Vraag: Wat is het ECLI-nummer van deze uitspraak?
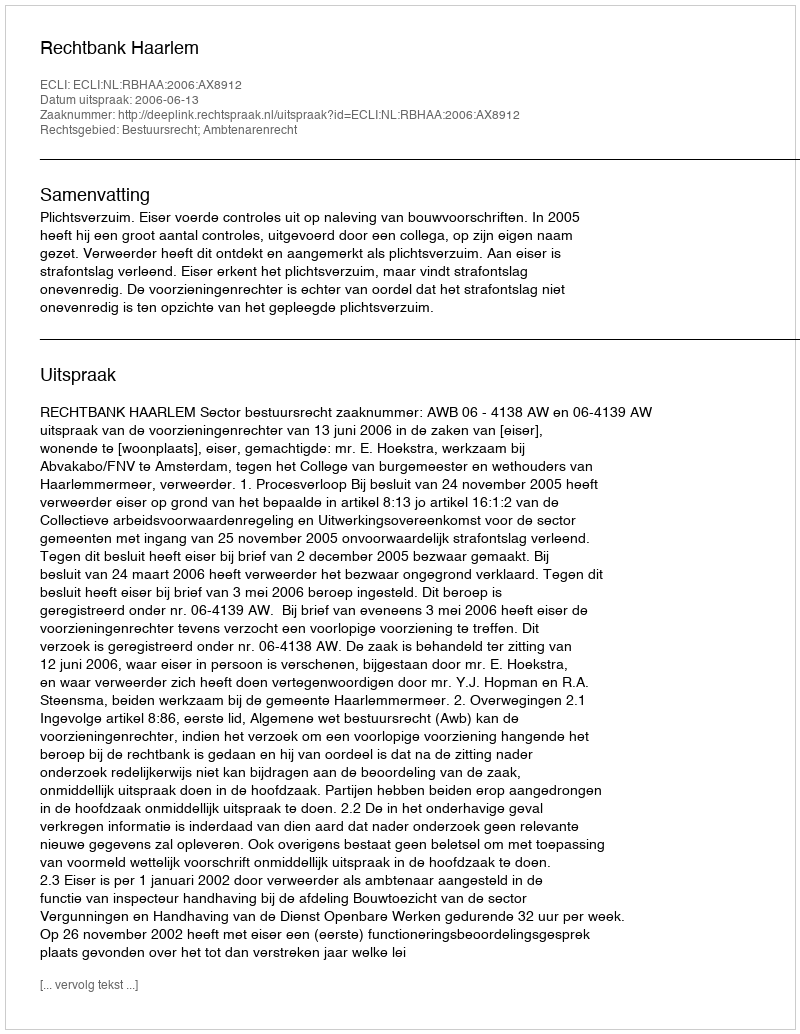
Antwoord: ECLI:NL:RBHAA:2006:AX8912